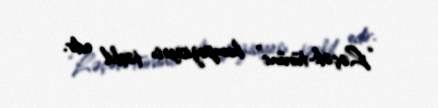
“Ləçək-türünc” kompozisiyası təşkil edir.